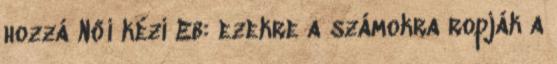
hozzá Női kézi Eb: ezekre a számokra ropják a